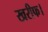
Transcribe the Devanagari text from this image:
खरीफ।